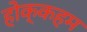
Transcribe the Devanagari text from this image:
होक्कहम